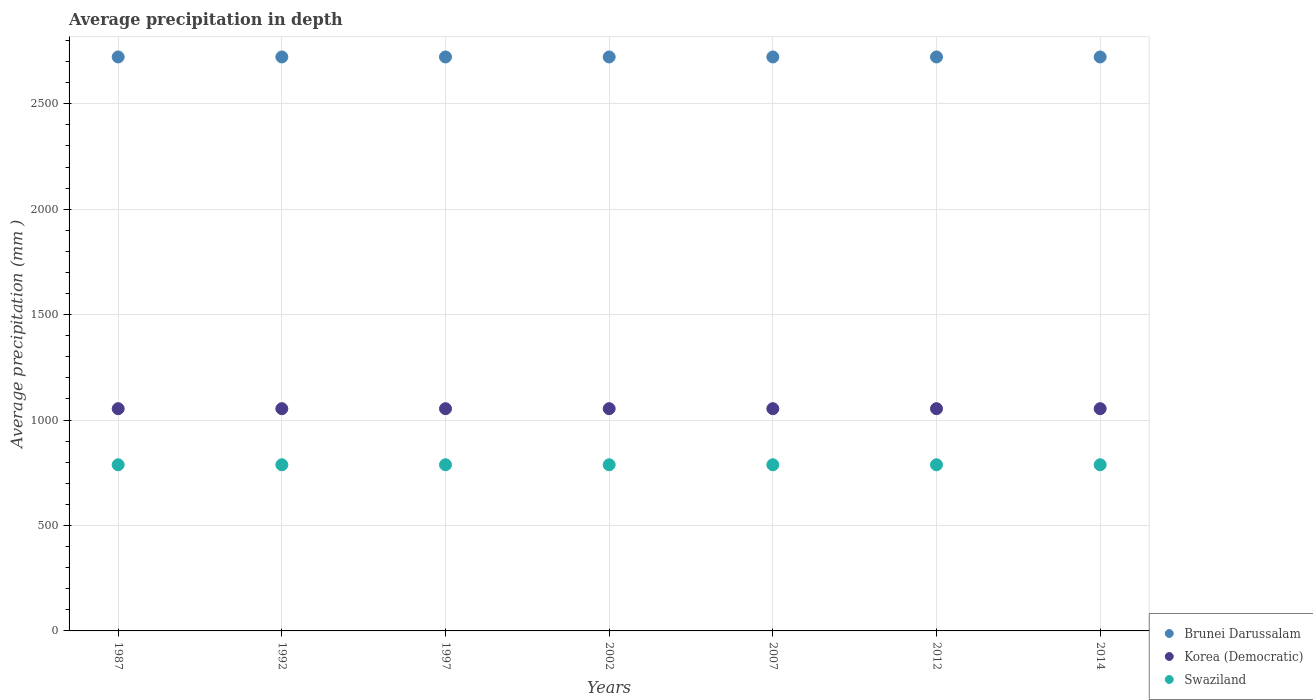
| Years | Brunei Darussalam | Korea (Democratic) | Swaziland |
 | --- | --- | --- | --- |
 | 1987 | 2.72e+03 | 1.05e+03 | 788 |
 | 1992 | 2.72e+03 | 1.05e+03 | 788 |
 | 1997 | 2.72e+03 | 1.05e+03 | 788 |
 | 2002 | 2.72e+03 | 1.05e+03 | 788 |
 | 2007 | 2.72e+03 | 1.05e+03 | 788 |
 | 2012 | 2.72e+03 | 1.05e+03 | 788 |
 | 2014 | 2.72e+03 | 1.05e+03 | 788 |